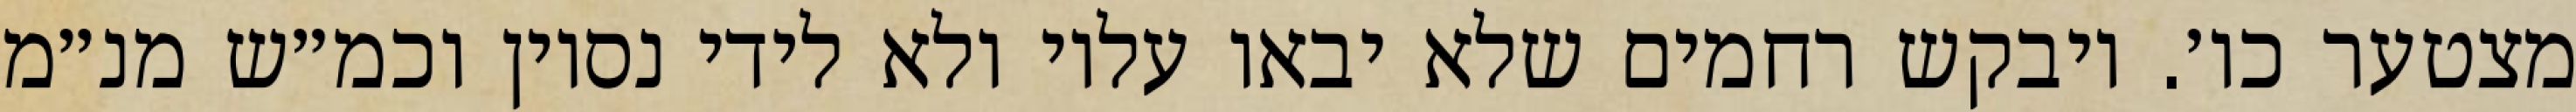
מצטער כו׳. ויבקש רחמים שלא יבאו עליו ולא לידי נסיון וכמ״ש מנ״מ